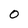
Character: O